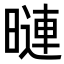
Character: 𭧒